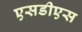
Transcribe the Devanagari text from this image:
एसडीएस